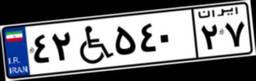
۴۲W۷۲۵۷۵